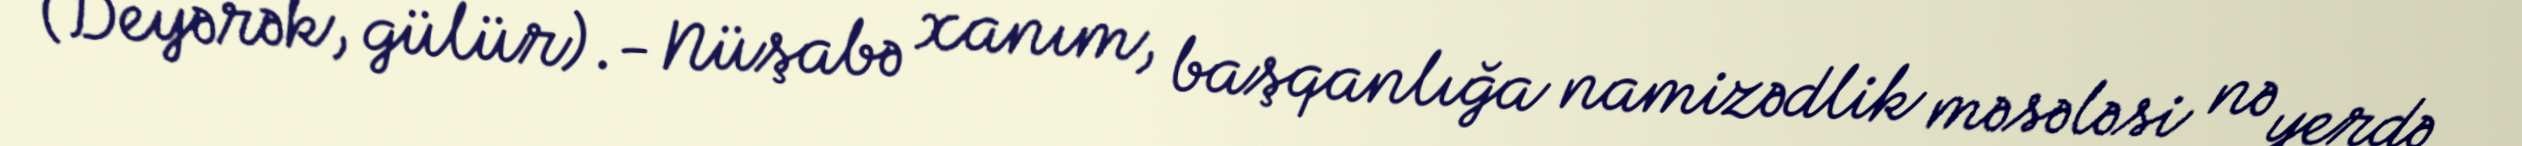
(Deyərək, gülür).- Nüşabə xanım, başqanlığa namizədlik məsələsi nə yerdə